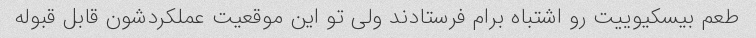
طعم بیسکیوییت رو اشتباه برام فرستادند ولی تو این موقعیت عملکردشون قابل قبوله